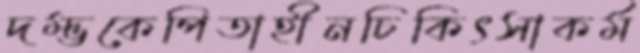
দম্ভকেপিতাহীনচিকিৎসাকর্ম